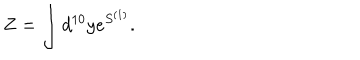
LaTeX: Z = \int d ^ { 1 0 } y e ^ { S ^ { ( 1 ) } } .